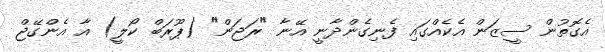
އެގޮތުން ސީޒަން އެކެއްގައި ފެނިގެންދާނީ އޭނާ "ރަޖަން" (ޕޫރަބް ކޯލީ) އާ އެންގޭޖް